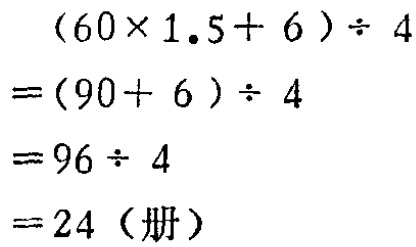
\[
\begin{align*}
&(60\times1.5 + 6)\div4\\
=&(90 + 6)\div4\\
=&96\div4\\
=&24（册）
\end{align*}
\]